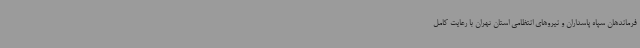
فرماندهان سپاه پاسداران و نیروهای انتظامی استان تهران با رعایت کامل